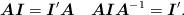
LaTeX: \begin{align*}\mbox{\boldmath$A$}\mbox{\boldmath$I$}=\mbox{\boldmath$I$}'\mbox{\boldmath$A$}\quad\mbox{\boldmath$A$}\mbox{\boldmath$I$}\mbox{\boldmath$A$}^{-1}=\mbox{\boldmath$I$}'.\end{align*}